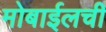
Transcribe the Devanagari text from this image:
मोबाईलची